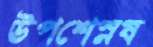
উপশেস্নষ